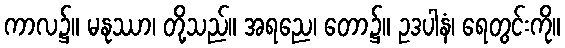
ကာလ၌။ မနုဿာ၊ တို့သည်။ အရညေ၊ တော၌။ ဥဒပါနံ၊ ရေတွင်းကို။